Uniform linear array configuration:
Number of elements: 64
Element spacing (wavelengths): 0.5
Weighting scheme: hamming
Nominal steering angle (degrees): -60
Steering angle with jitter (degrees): -59.434
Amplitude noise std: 0.05
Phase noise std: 0.05

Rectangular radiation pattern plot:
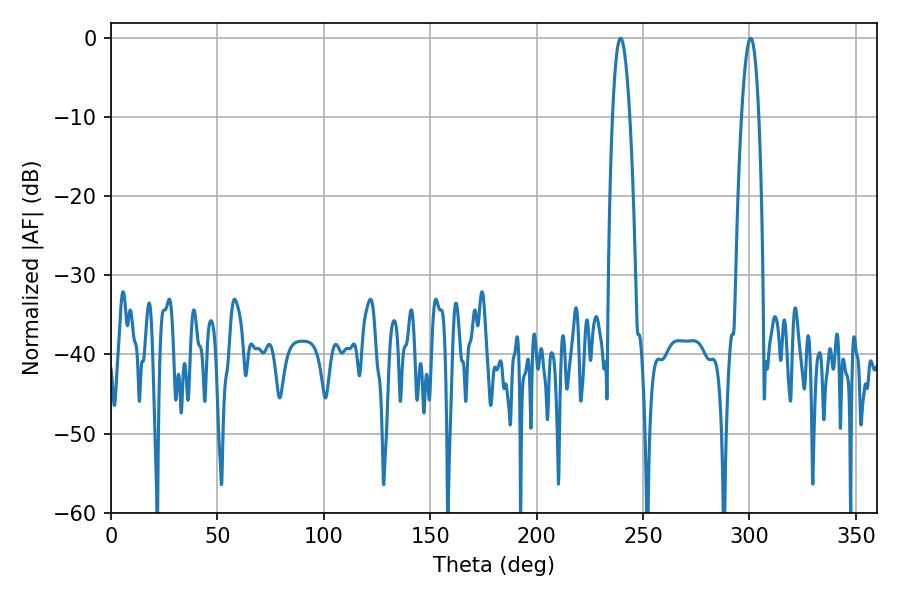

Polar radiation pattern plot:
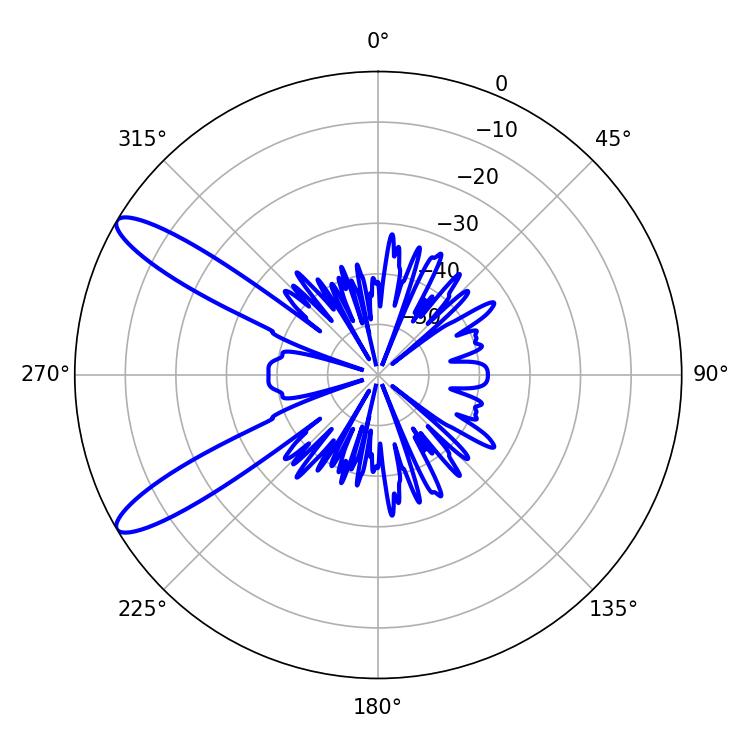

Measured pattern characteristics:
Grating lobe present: FALSE
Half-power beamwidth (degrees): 4.5
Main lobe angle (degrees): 239.4